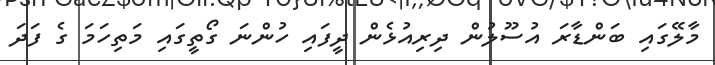
މާލޭގައި ބަންޑާރަ އުސޫލުން ދިރިއުޅެން ދީފައި ހުންނަ ގޯތީގައި މަތިހަމަ ގެ ފަދަ